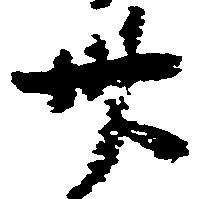
卅